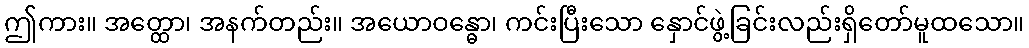
ဤကား။ အတ္ထော၊ အနက်တည်း။ အယောဝန္ဓော၊ ကင်းပြီးသော နှောင်ဖွဲ့ခြင်းလည်းရှိတော်မူထသော။